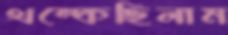
থম্‌কেছিলাম